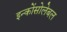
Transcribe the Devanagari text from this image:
इन्कोंसोलेबल